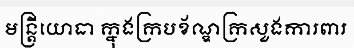
មន្ត្រីយោធា ក្នុងក្របខ័ណ្ឌក្រសួងការពារ